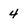
Character: 4